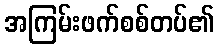
အကြမ်းဖက်စစ်တပ်၏